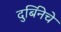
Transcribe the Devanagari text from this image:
दुर्बिनेचे